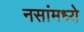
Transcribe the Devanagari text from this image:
नसांमध्ये